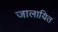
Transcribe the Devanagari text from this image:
जालायित